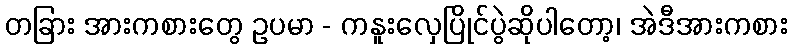
တခြား အားကစားတွေ ဥပမာ - ကနူးလှေပြိုင်ပွဲဆိုပါတော့၊ အဲဒီအားကစား